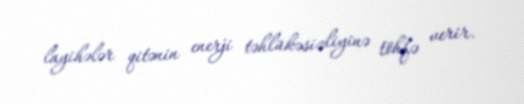
layihələr qitənin enerji təhlükəsizliyinə töhfə verir.